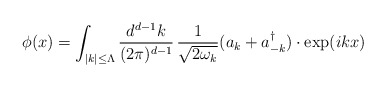
\begin{align*}\phi(x)=\int_{|k|\le\Lambda} {d^{d-1}k\over (2\pi)^{d-1}}\,{1\over\sqrt{2\omega_k}}(a_k+a^\dagger_{-k})\cdot \exp(ikx)\end{align*}